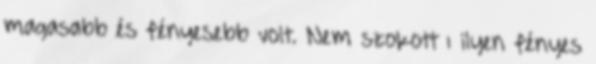
magasabb és fényesebb volt. Nem szokott ı ilyen fényes